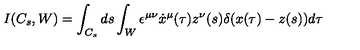
I ( C _ { s } , W ) = \int _ { C _ { s } } d s \int _ { W } \epsilon ^ { \mu \nu } \dot { x } ^ { \mu } ( \tau ) z ^ { \nu } ( s ) \delta ( x ( \tau ) - z ( s ) ) d \tau